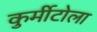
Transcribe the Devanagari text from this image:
कुर्मीटोला